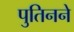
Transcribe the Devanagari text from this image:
पुतिनने